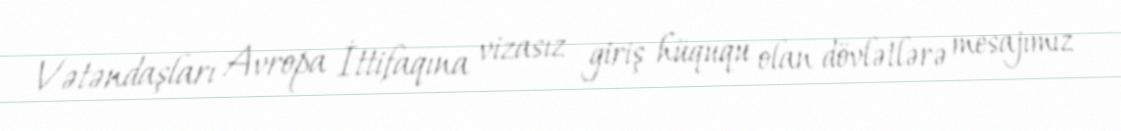
Vətəndaşları Avropa İttifaqına vizasız giriş hüququ olan dövlətlərə mesajımız